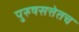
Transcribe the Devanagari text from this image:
पुरुषसत्तेतच